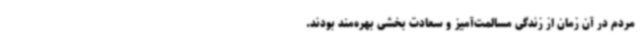
مردم در آن زمان از زندگی مسالمت‌آمیز و سعادت بخشی بهره‌مند بودند.